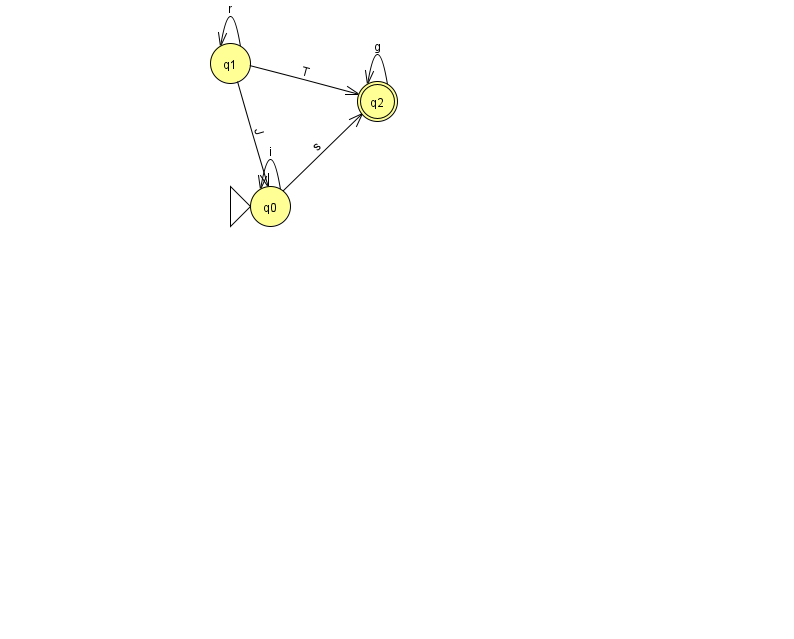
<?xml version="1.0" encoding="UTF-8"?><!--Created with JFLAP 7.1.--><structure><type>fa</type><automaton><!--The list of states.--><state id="0" name="q0"><x>270.0</x><y>193.0</y><initial/></state><state id="1" name="q1"><x>230.0</x><y>50.0</y></state><state id="2" name="q2"><x>377.0</x><y>88.0</y><final/></state><!--The list of transitions.--><transition><from>1</from><to>2</to><read>T</read></transition><transition><from>1</from><to>1</to><read>r</read></transition><transition><from>1</from><to>0</to><read>J</read></transition><transition><from>2</from><to>2</to><read>g</read></transition><transition><from>0</from><to>0</to><read>i</read></transition><transition><from>0</from><to>2</to><read>s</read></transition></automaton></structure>